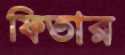
ফিতার